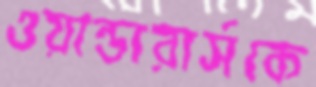
ওয়ান্ডারার্সকে